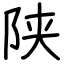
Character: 陕